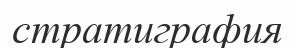
стратиграфия